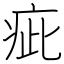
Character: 疵